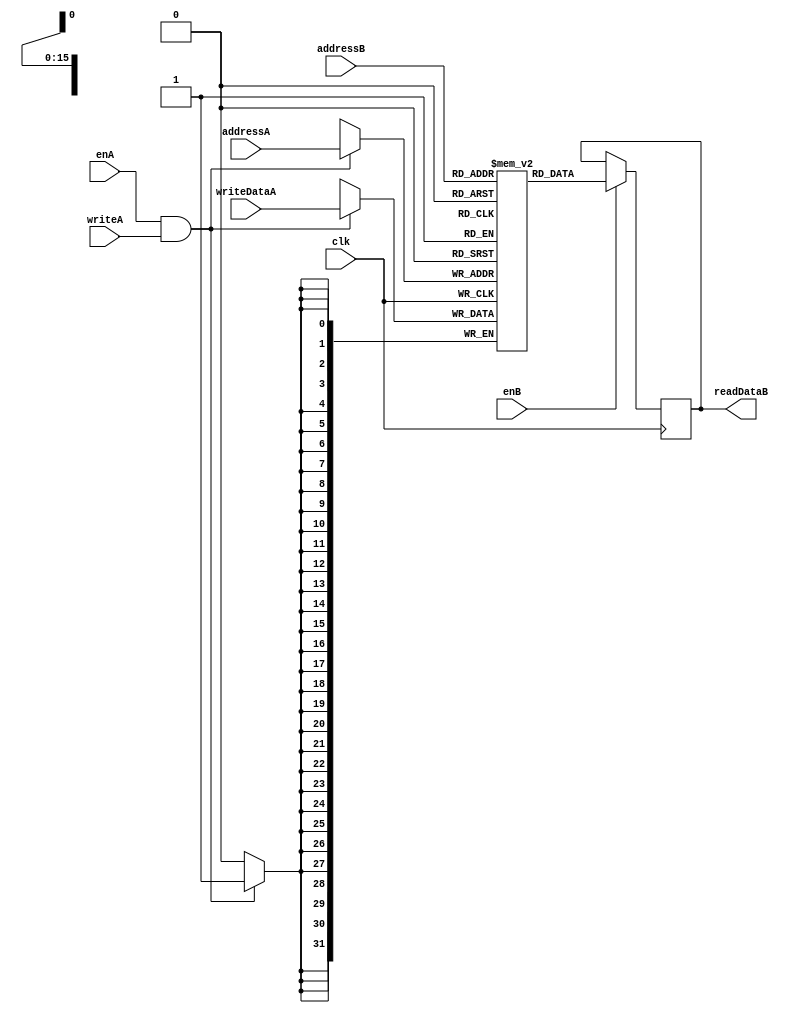
`timescale 1ns / 1ps

module SyncRAMSimpleDualPort#(
	parameter ADDR_WIDTH = 16,
	parameter DATA_WIDTH = 32
) (
	/* Standard pins */
	clk,

	/* Port A */
	enA,
	writeA,
	addressA,
	writeDataA,
	/* Port B */
	enB,
	addressB,
	readDataB
);

	input clk;

	input enA;
	input writeA;
	input [ADDR_WIDTH-1:0] addressA;
	input [DATA_WIDTH-1:0] writeDataA;
	input enB;
	input [ADDR_WIDTH-1:0] addressB;
	output [DATA_WIDTH-1:0] readDataB;

	reg [DATA_WIDTH-1:0] mem [0:(1 << ADDR_WIDTH)-1];
	reg [DATA_WIDTH-1:0] intReadDataB;

	assign readDataB = intReadDataB;

	always @(posedge clk) begin
		if(enA && writeA)
			mem[addressA] <= writeDataA;
	end

	always @(posedge clk) begin
		if(enB)
			intReadDataB <= mem[addressB];
	end

endmodule